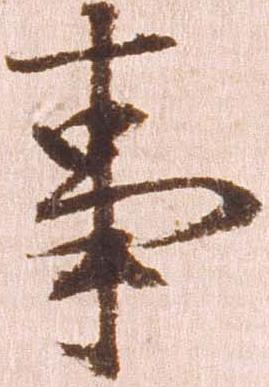
事